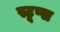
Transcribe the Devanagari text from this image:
स्टूप्स